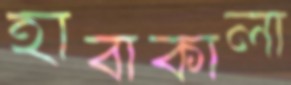
হাবাকালা